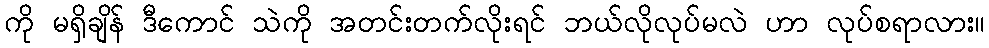
ကို မရှိချိန် ဒီကောင် သဲကို အတင်းတက်လိုးရင် ဘယ်လိုလုပ်မလဲ ဟာ လုပ်စရာလား။